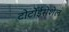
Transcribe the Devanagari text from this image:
टोर्टोईसेशेल